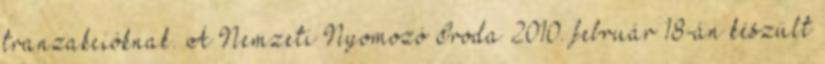
tranzakcióknak. A Nemzeti Nyomozó Iroda 2010. február 18-án készült